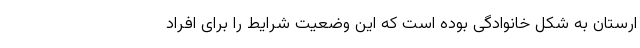
ارستان به شکل خانوادگی بوده است که این وضعیت شرایط را برای افراد